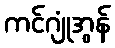
ကင်ဂျုံအွန်